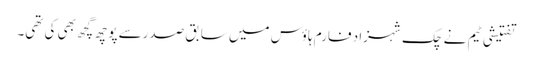
تفتیشی ٹیم نے چک شہزاد فارم ہاؤس میں سابق صدرسے پوچھ گچھ بھی کی تھی۔